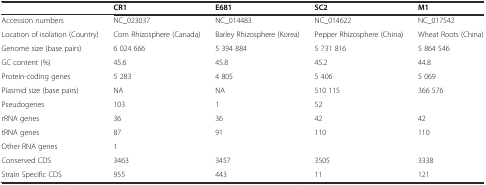
<table><thead><tr><td></td><td><b>CR1</b></td><td><b>E681</b></td><td><b>SC2</b></td><td><b>M1</b></td></tr></thead><tbody><tr><td>Accession numbers</td><td>NC_023037</td><td>NC_014483</td><td>NC_014622</td><td>NC_017542</td></tr><tr><td>Location of isolation (Country)</td><td>Corn Rhizosphere (Canada)</td><td>Barley Rhizosphere (Korea)</td><td>Pepper Rhizosphere (China)</td><td>Wheat Roots (China)</td></tr><tr><td>Genome size (base pairs)</td><td>6 024 666</td><td>5 394 884</td><td>5 731 816</td><td>5 864 546</td></tr><tr><td>GC content (%)</td><td>45.6</td><td>45.8</td><td>45.2</td><td>44.8</td></tr><tr><td>Protein-coding genes</td><td>5 283</td><td>4 805</td><td>5 406</td><td>5 069</td></tr><tr><td>Plasmid size (base pairs)</td><td>NA</td><td>NA</td><td>510 115</td><td>366 576</td></tr><tr><td>Pseudogenes</td><td>103</td><td>1</td><td>52</td><td></td></tr><tr><td>rRNA genes</td><td>36</td><td>36</td><td>42</td><td>42</td></tr><tr><td>tRNA genes</td><td>87</td><td>91</td><td>110</td><td>110</td></tr><tr><td>Other RNA genes</td><td>1</td><td></td><td></td><td></td></tr><tr><td>Conserved CDS</td><td>3463</td><td>3457</td><td>3505</td><td>3338</td></tr><tr><td>Strain Specific CDS</td><td>955</td><td>443</td><td>11</td><td>121</td></tr></tbody></table>